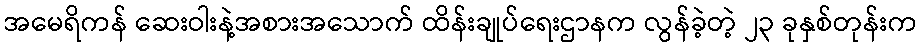
အမေရိကန် ဆေးဝါးနဲ့အစားအသောက် ထိန်းချုပ်ရေးဌာနက လွန်ခဲ့တဲ့ ၂၃ ခုနှစ်တုန်းက